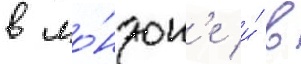
в ло́ндон'е и́ в